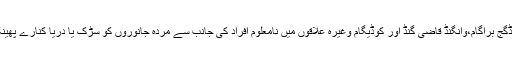
ضلع کے کم چنار نوپورہ،مڈگج براگام،وانگنڈ قاضی گنڈ اور کوڈیگام وغیرہ علاقوں میں نامعلوم افراد کی جانب سے مردہ جانوروں کو سڑک یا دریا کنارے پھینکنے کا یہ سلسلہ جاری ہے۔